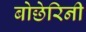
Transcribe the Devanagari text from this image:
बोछेरिनी